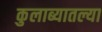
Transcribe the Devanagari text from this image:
कुलाब्यातल्या